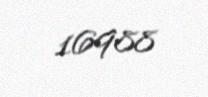
16988